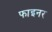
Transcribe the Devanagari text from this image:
फाइनर